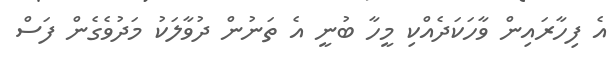
އެ ފިހާރައިން ވާހަކަދެއްކި މީހާ ބުނީ އެ ތަނުން ދުވާލަކު މަދުވެގެން ފަސް